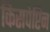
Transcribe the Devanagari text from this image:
किसपेप्टिन